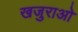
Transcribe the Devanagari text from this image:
खजुराओ